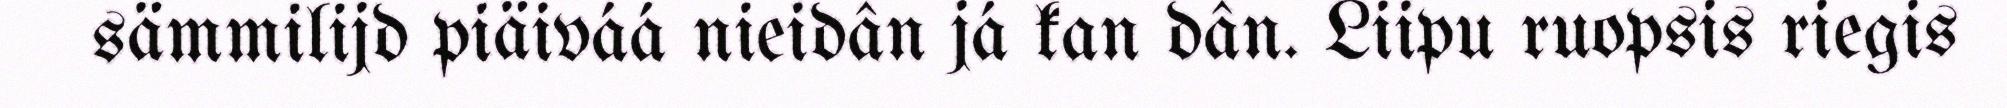
sämmilijd piäiváá nieidân já kan dân. Liipu ruopsis riegis